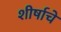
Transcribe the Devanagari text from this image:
शीर्षाचे